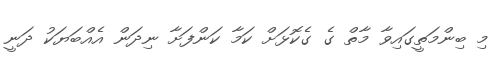
މި ބިންމަތީގައިވާ މާތް ގެ ގެކޮޅަށް ކަމާ ކަންފަށާ ނިދަން އެއްބަޔަކު ދަނީ